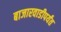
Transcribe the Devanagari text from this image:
बाजारवाडीपर्यंत